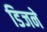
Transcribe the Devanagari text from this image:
डिजने